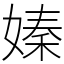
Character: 嫀